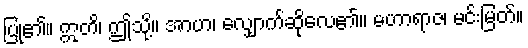
ပြု၏။ ဣတိ၊ ဤသို့။ အာဟ၊ လျှောက်ဆိုလေ၏။ မဟာရာဇ၊ မင်းမြတ်။